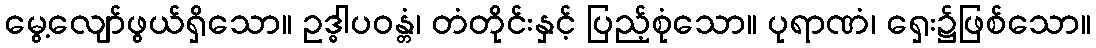
မွေ့လျော်ဖွယ်ရှိသော။ ဥဒ္ဓါပဝန္တံ၊ တံတိုင်းနှင့် ပြည့်စုံသော။ ပုရာဏံ၊ ရှေး၌ဖြစ်သော။